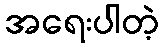
အရေးပါတဲ့